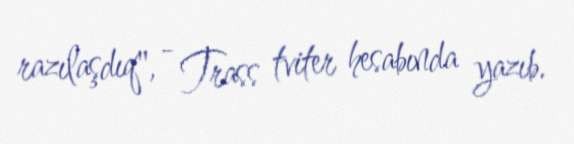
razılaşdıq", - Trass tviter hesabında yazıb.